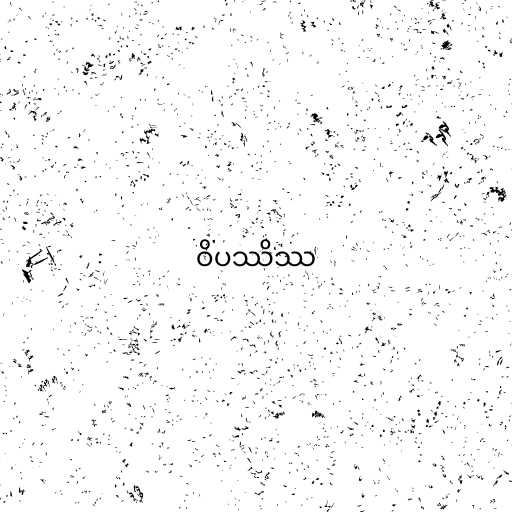
ဝိပဿိဿ